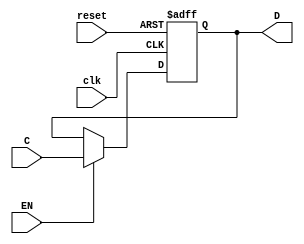
// Electrnica digital
// Valerie Valdez 19659

//                             Laboratorio #09
//                              Ejercicio 02


// Flip Flop D 1 bit
module FFD(input wire clk, EN, reset, input wire C, output reg D);
  always @ (posedge clk, posedge reset) begin

// Non-blockinf assigment
    if(reset) // Colocar todos los valores en 0
      D <= 1'b0;

    else if(EN == 1) // Enabled encendido cuenta cuenta cada flanco del reloj
      D <= C;
  end
endmodule

// Mdulo flip flop tipo T
module FFT(input wire clk, EN, reset, output D);
    wire w;
    assign w = ~D;

    FFD A1(clk, EN, reset, w, D);
endmodule